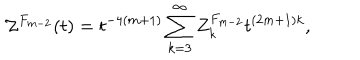
{ \cal Z } ^ { F _ { m - 2 } } ( t ) = t ^ { - 4 ( m + 1 ) } \sum _ { k = 3 } ^ { \infty } { Z } _ { k } ^ { F _ { m - 2 } } t ^ { ( 2 m + 1 ) k } ,